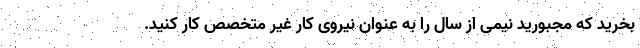
بخرید که مجبورید نیمی از سال را به عنوان نیروی کار غیر متخصص کار کنید.